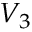
V _ { 3 }